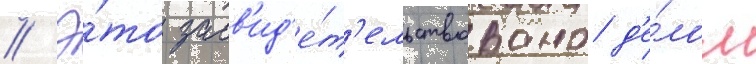
// Э́то засв'ид'е́т'ельствовано д'е́лом